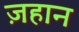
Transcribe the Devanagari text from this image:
ज़हान